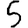
Digit: 5